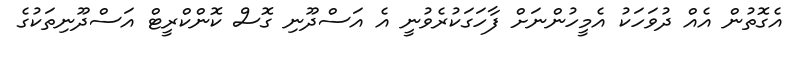
އެގޮތުން އެއް ދުވަހަކު އެމީހުންނަށް ފާހަގަކުރެވުނީ އެ އަސްދޫނި ގޮސް ކޮންކްރީޓް އަސްދޫނިތަކުގެ